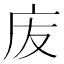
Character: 𢇬